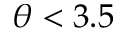
\theta < 3 . 5